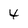
Character: 4